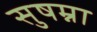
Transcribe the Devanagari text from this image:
सुषम्ना